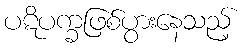
ပဋိပက္ခဖြစ်ပွားနေသည့်